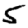
Digit: 5